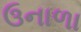
ઉનાળા